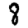
Digit: 8